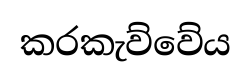
කරකැව්වේය